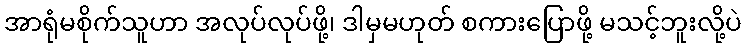
အာရုံမစိုက်သူဟာ အလုပ်လုပ်ဖို့၊ ဒါမှမဟုတ် စကားပြောဖို့ မသင့်ဘူးလို့ပဲ